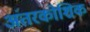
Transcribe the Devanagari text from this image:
अंतरकोशिक